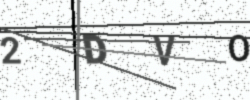
Text: 2DVO